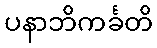
ပနာဘိကင်္ခတိ